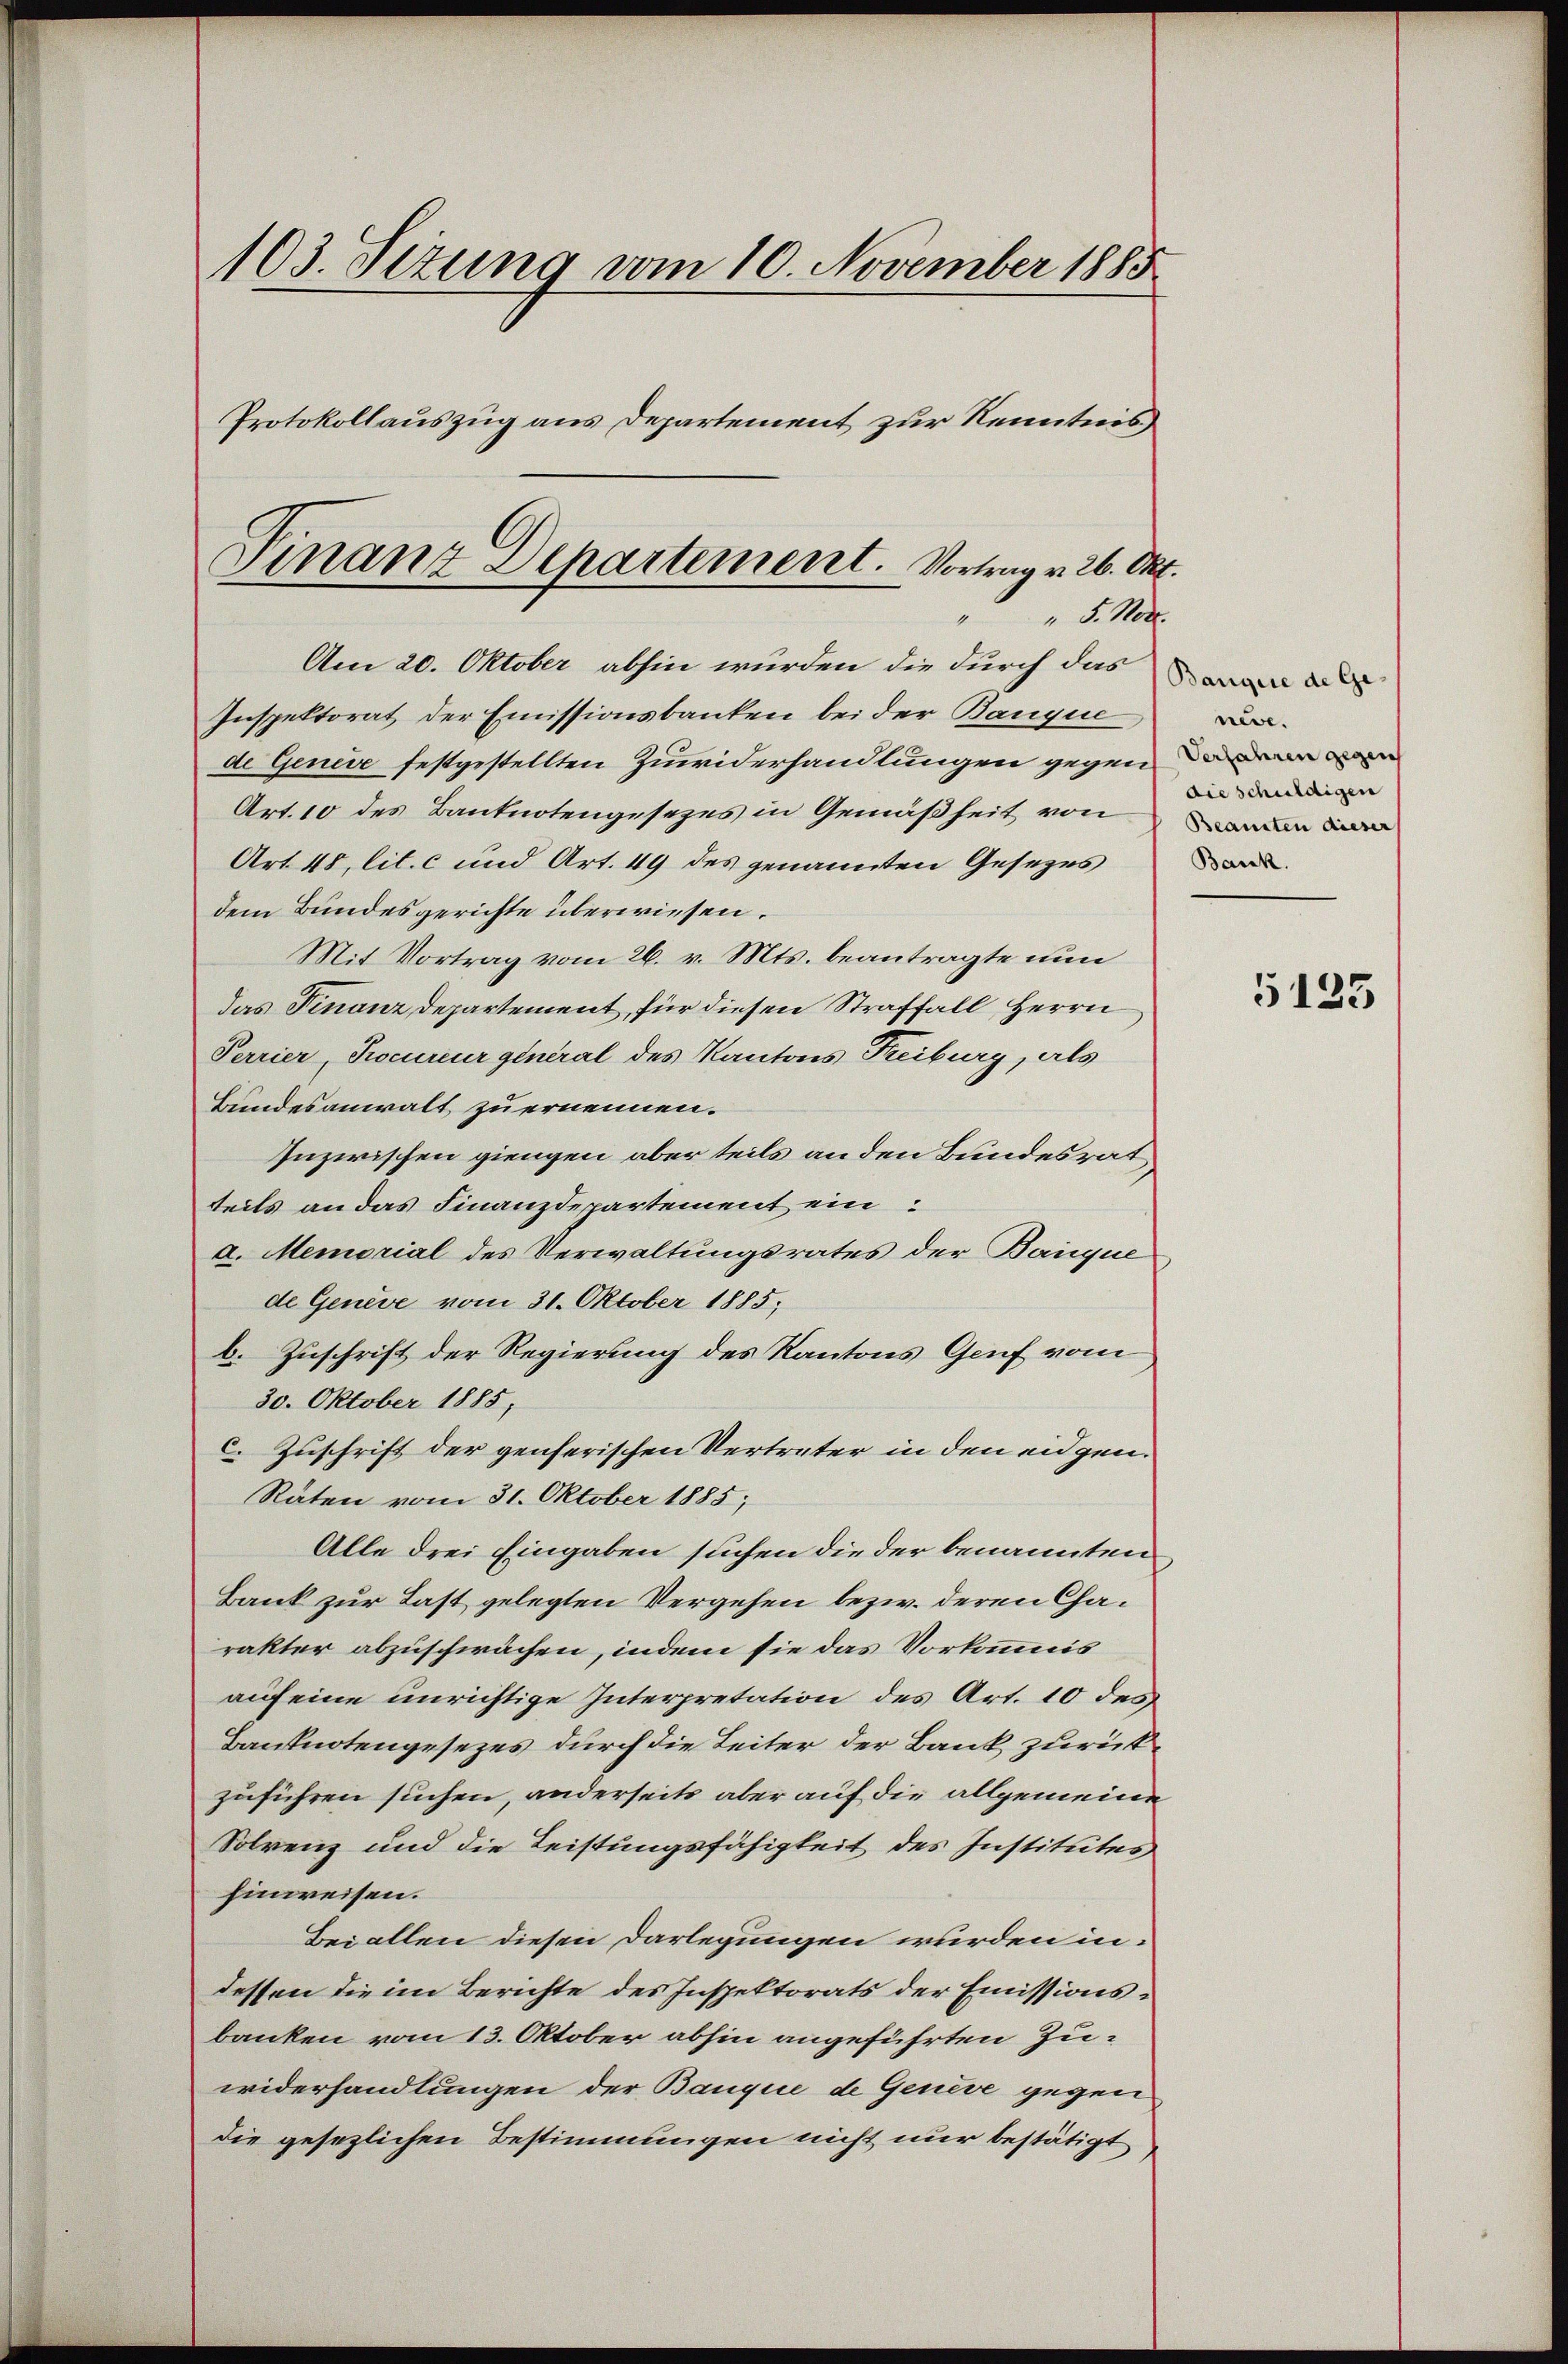
103. Sizung vom 10. November 1885
Protokollauszug aus Departement zur Kenntnis

Finanz Departement. Vortrag v. 26. Okt.
" 5. Not.
1

Am 20. Oktober abhin wurden die durch das
Inspektorat der Emissionsbanken bei der Banque
de Geneve festgestellten Zuwiderhandlungen gegen den mein
Art. 10 des Banknotengesezes in Gemäßheit von in
Art. 48, lit. c und Art. 49 des genannten Gesezes
dem Bundesgerichte überwiesen.
Mit Vortrag vom 26. v. Mts. beantragte nun
das Finanzdepartement, für diesen Straffall, Herrn
Perrier, Procureur general des Kantons Freiburg, als
Bundesanwalt zu ernennen.
Inzwischen giengen aber teils an den Bundesrat
teils an das Finanzdepartement ein
a. Memorial des Verwaltungsrates der Banque
de Geneve vom 31. Oktober 1885;
b. Zuschrift der Regierung des Kantons Genf vom
30. Oktober 1885,
c. Zuschrift der genferischen Vertreter in den eidgen.
Raten vom 31. Oktober 1885;
Alle drei Eingaben suchen die der benannten
Bank zur Last gelegten Vergehen bezw. deren Charakter abzuschwächen, indem sie das Vorkommis
auf eine unrichtige Interpretation des Art. 10 des
Banknotengesezes durch die Leiter der Bank zurückzuführen suchen, anderseits aber auf die allgemeine
Solrenz und die Leistungsfähigkeit des Institutes
Einweisen.
Bei allen diesen Darlegungen wurden indessen die im Berichte des Inspektorats der Emissionsbanken vom 13. Oktober abhin angeführten Zuwiderhandlungen der Banque de Genève gegen
die gesezlichen Bestimmungen nicht nur bestätigt

Banque de Geneve.
die schuldigen
Bank.

5125